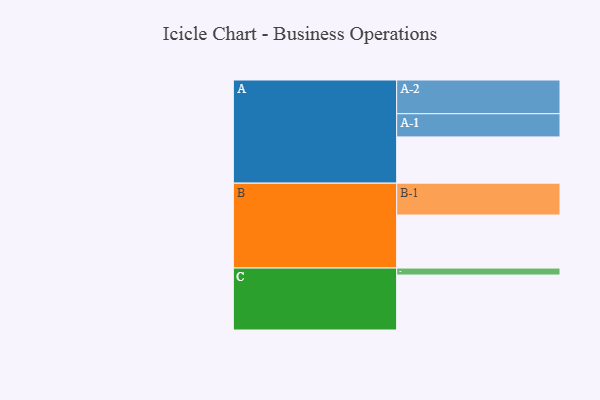
{"axis": {"x": "Segment", "y": "Value"}, "legend": ["", "A", "B", "C"], "data": [{"x": "A", "y": 377, "type": ""}, {"x": "B", "y": 432, "type": ""}, {"x": "C", "y": 448, "type": ""}, {"x": "A-1", "y": 189, "type": "A"}, {"x": "A-2", "y": 275, "type": "A"}, {"x": "B-1", "y": 260, "type": "B"}, {"x": "C-1", "y": 57, "type": "C"}]}